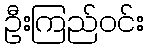
ဦးကြည်ဝင်း